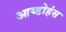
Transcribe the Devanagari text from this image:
आय्डोहंस